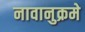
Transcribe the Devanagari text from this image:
नावानुक्रमे